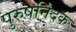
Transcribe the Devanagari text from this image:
पुरुषनिंदक